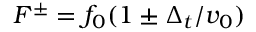
F ^ { \pm } = f _ { 0 } ( 1 \pm \Delta _ { t } / v _ { 0 } )